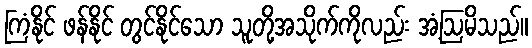
ကြံနိုင် ဖန်နိုင် တွင်နိုင်သော သူတို့အသိုက်ကိုလည်း အံ့ဩမိသည်။